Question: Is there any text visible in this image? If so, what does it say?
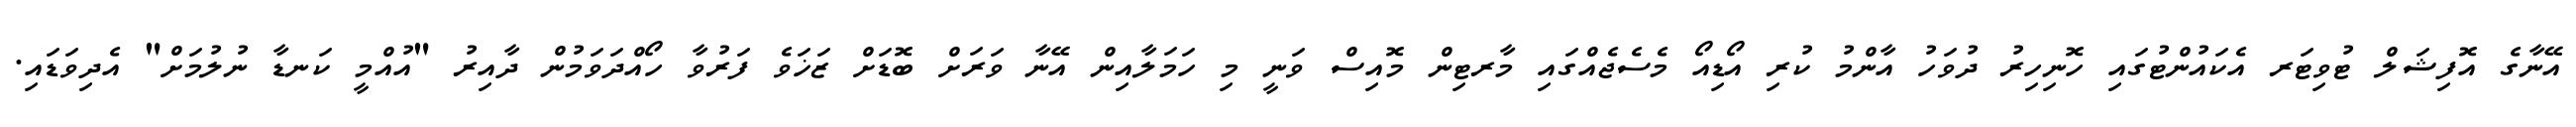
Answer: އޭނާގެ އޮފިޝަލް ޓުވިޓަރ އެކައުންޓުގައި ހޮނިހިރު ދުވަހު އާންމު ކުރި އޯޑިއޯ މެސެޖެއްގައި މާރޓިން މޮއިސް ވަނީ މި ހަމަލާއިން އޭނާ ވަރަށް ބޮޑަށް ޒަޚަވެ ފަރުވާ ހޯއްދަވަމުން ދާއިރު "އުއްމީ ކަނޑާ ނުލުމަށް" އެދިވަޑައި.